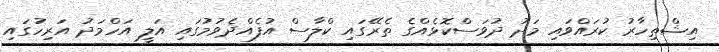
އިޝްތިހާރު ކުރައްވައި މަދު ދުވަސްކޮޅެއްގެ ތެރޭގައި ކްލާސް އުފެއްދެވުމުގައި އަލީ އަހްމަދު އަރިހުގައި